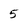
Character: 5